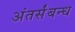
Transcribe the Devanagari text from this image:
अंतर्संबन्ध